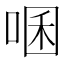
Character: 㖥